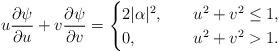
LaTeX: \begin{align*} u\frac{\partial \psi}{\partial u}+ v\frac{\partial \psi}{\partial v}= \begin{cases}2|\alpha|^2,\quad&u^2+v^2\le1,\\0,\quad&u^2+v^2>1.\\\end{cases}\end{align*}